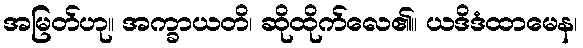
အမြတ်ဟု။ အက္ခာယတိ၊ ဆိုထိုက်လေ၏။ ယဒိဒံထာမေန၊